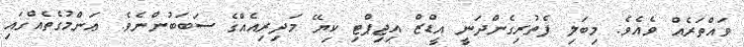
ވައްތަރެއް ވެއެވެ. މިބަލި ފެތުރިގެންދަނީ އީޑްޒް އިޖިޕްޓި ކިޔޭ މަދިރިއެއްގެ ސަބަބުންނެވެ. ޢަންމުގެތެއްގައި